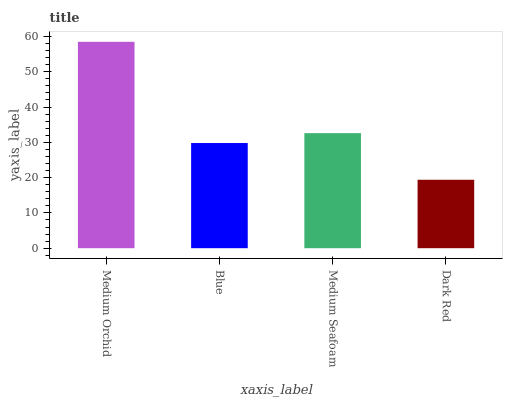
| xaxis_label | bars |
 | --- | --- |
 | Medium Orchid | 58.5 |
 | Blue | 29.8 |
 | Medium Seafoam | 32.6 |
 | Dark Red | 19.4 |